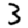
Digit: 3